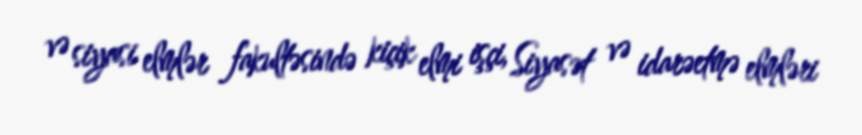
və siyasi elmlər fakultəsində kiçik elmi işçi, Siyasət və idarəetmə elmləri